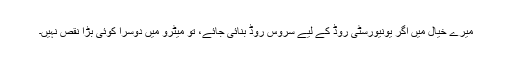
میرے خیال میں اگر یونیورسٹی روڈ کے لیے سروس روڈ بنائی جائے، تو میٹرو میں دوسرا کوئی بڑا نقص نہیں۔